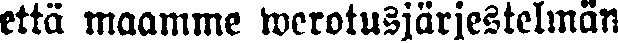
että maamme werotusjärjestelmän